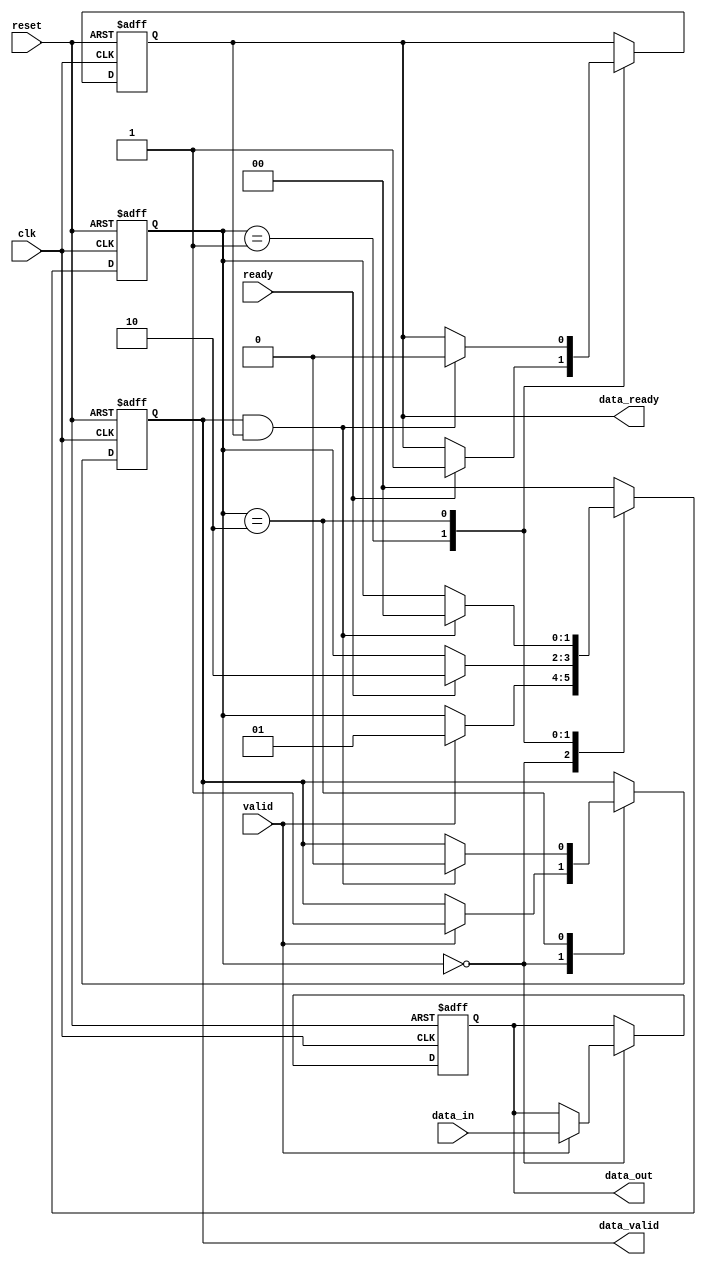
module ready_valid_handshake (
    input wire clk,            // Clock signal
    input wire reset,          // Reset signal
    input wire valid,          // Valid signal from producer
    input wire ready,          // Ready signal from consumer
    input wire [15:0] data_in, // Data input from producer
    output reg [15:0] data_out, // Data output to consumer
    output reg data_valid,     // Data valid signal to consumer
    output reg data_ready      // Data ready signal from consumer
);

    // Internal state variables
    reg [1:0] state; // State variable to manage handshake
    localparam IDLE = 2'b00, 
               DATA_READY = 2'b01, 
               ACKNOWLEDGE = 2'b10;

    // State Management
    always @(posedge clk or posedge reset) begin
        if (reset) begin
            state <= IDLE;
            data_valid <= 1'b0;
            data_ready <= 1'b0;
            data_out <= 16'b0;
        end else begin
            case (state)
                IDLE: begin
                    // Wait for valid data from producer
                    if (valid) begin
                        data_out <= data_in; // Capture incoming data
                        data_valid <= 1'b1;   // Assert valid signal
                        state <= DATA_READY;  // Move to DATA_READY state
                    end
                end

                DATA_READY: begin
                    // Check if consumer is ready to accept data
                    if (ready) begin
                        data_ready <= 1'b1; // Assert ready signal
                        state <= ACKNOWLEDGE; // Move to ACKNOWLEDGE state
                    end
                end

                ACKNOWLEDGE: begin
                    // Acknowledge data reception
                    if (data_valid && data_ready) begin
                        // Data is accepted by consumer
                        data_valid <= 1'b0;  // Deassert valid signal
                        data_ready <= 1'b0;   // Deassert ready signal
                        state <= IDLE;        // Return to IDLE state
                    end
                end

                default: state <= IDLE; // Default case to handle unexpected states
            endcase
        end
    end
endmodule